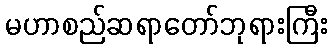
မဟာစည်ဆရာတော်ဘုရားကြီး